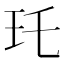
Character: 𤣯